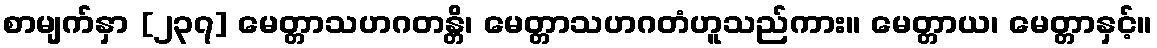
စာမျက်နှာ [၂၃၇] မေတ္တာသဟဂတန္တိ၊ မေတ္တာသဟဂတံဟူသည်ကား။ မေတ္တာယ၊ မေတ္တာနှင့်။